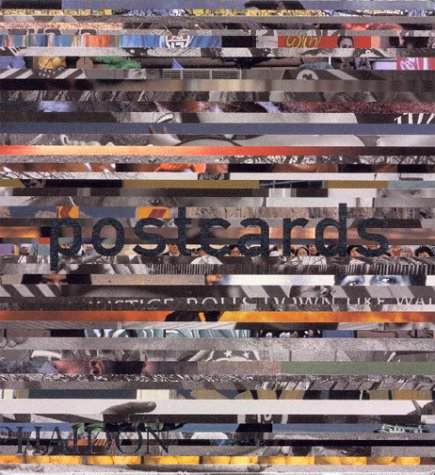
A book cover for Postcards: 50 Postcards from the Book 'Magnum'; Magnum; Crafts, Hobbies & Home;